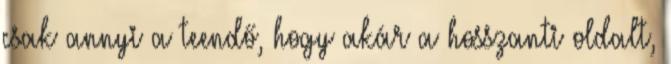
csak annyi a teendő, hogy akár a hosszanti oldalt,